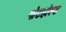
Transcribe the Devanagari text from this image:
गोटहोल्ड